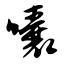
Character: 囔